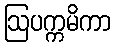
ဩပက္ကမိကာ